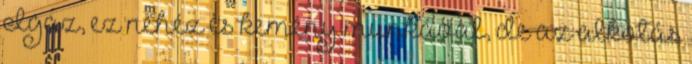
Igaz, ez nehéz és kemény munkával, de az alkotás